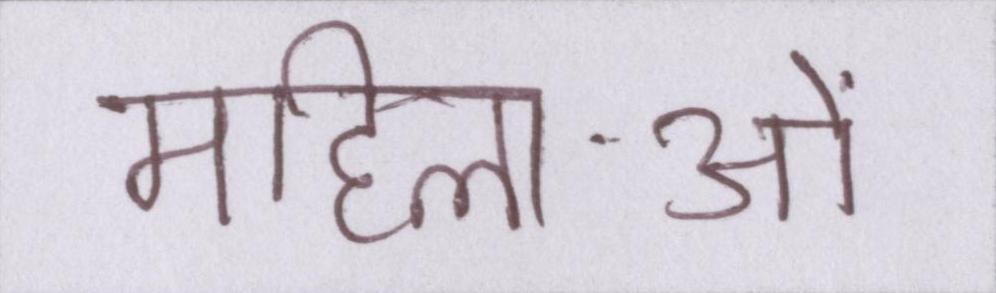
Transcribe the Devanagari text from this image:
महिलाओं